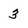
Character: 3